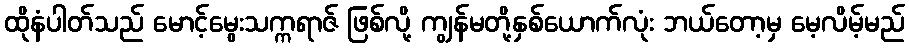
ထိုနံပါတ်သည် မောင့်မွေးသက္ကရာဇ် ဖြစ်လို့ ကျွန်မတို့နှစ်ယောက်လုံး ဘယ်တော့မှ မေ့လိမ့်မည်